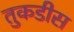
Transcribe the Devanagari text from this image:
तुकडीस